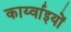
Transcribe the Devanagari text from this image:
कार्य्वाइयों